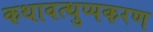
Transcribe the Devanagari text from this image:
कथावत्थुप्पकरण